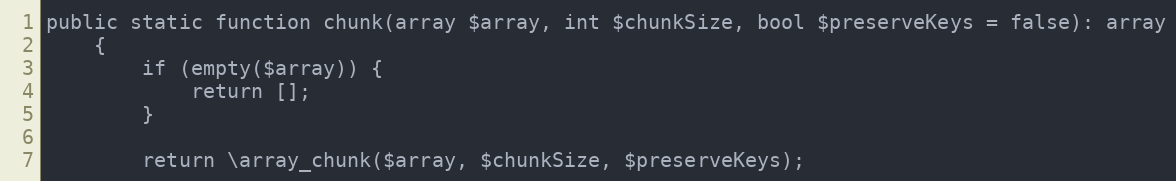
Language: PHP
public static function chunk(array $array, int $chunkSize, bool $preserveKeys = false): array
    {
        if (empty($array)) {
            return [];
        }

        return \array_chunk($array, $chunkSize, $preserveKeys);